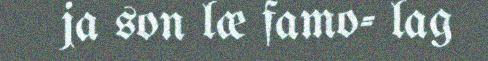
ja son læ famo- lag